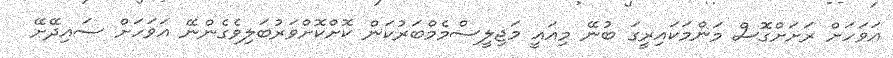
އަވަހަށް ރަށަށްގޮސް މަންމަކައިރީގަ ބުނޭ މިއައީ މަޖިލީސްމެމްބަރުކަން ކޮށްކޮށްވަރުބަލިވެގެންނޭ އަވަހަށް ސައިދޭށޭ